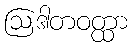
ဩဒါတဝတ္ထာ